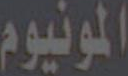
المونيوم